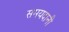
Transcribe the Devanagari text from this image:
समयदानी